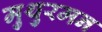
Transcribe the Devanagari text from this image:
मुथुरमन